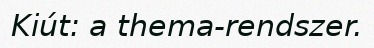
Kiút: a thema-rendszer.